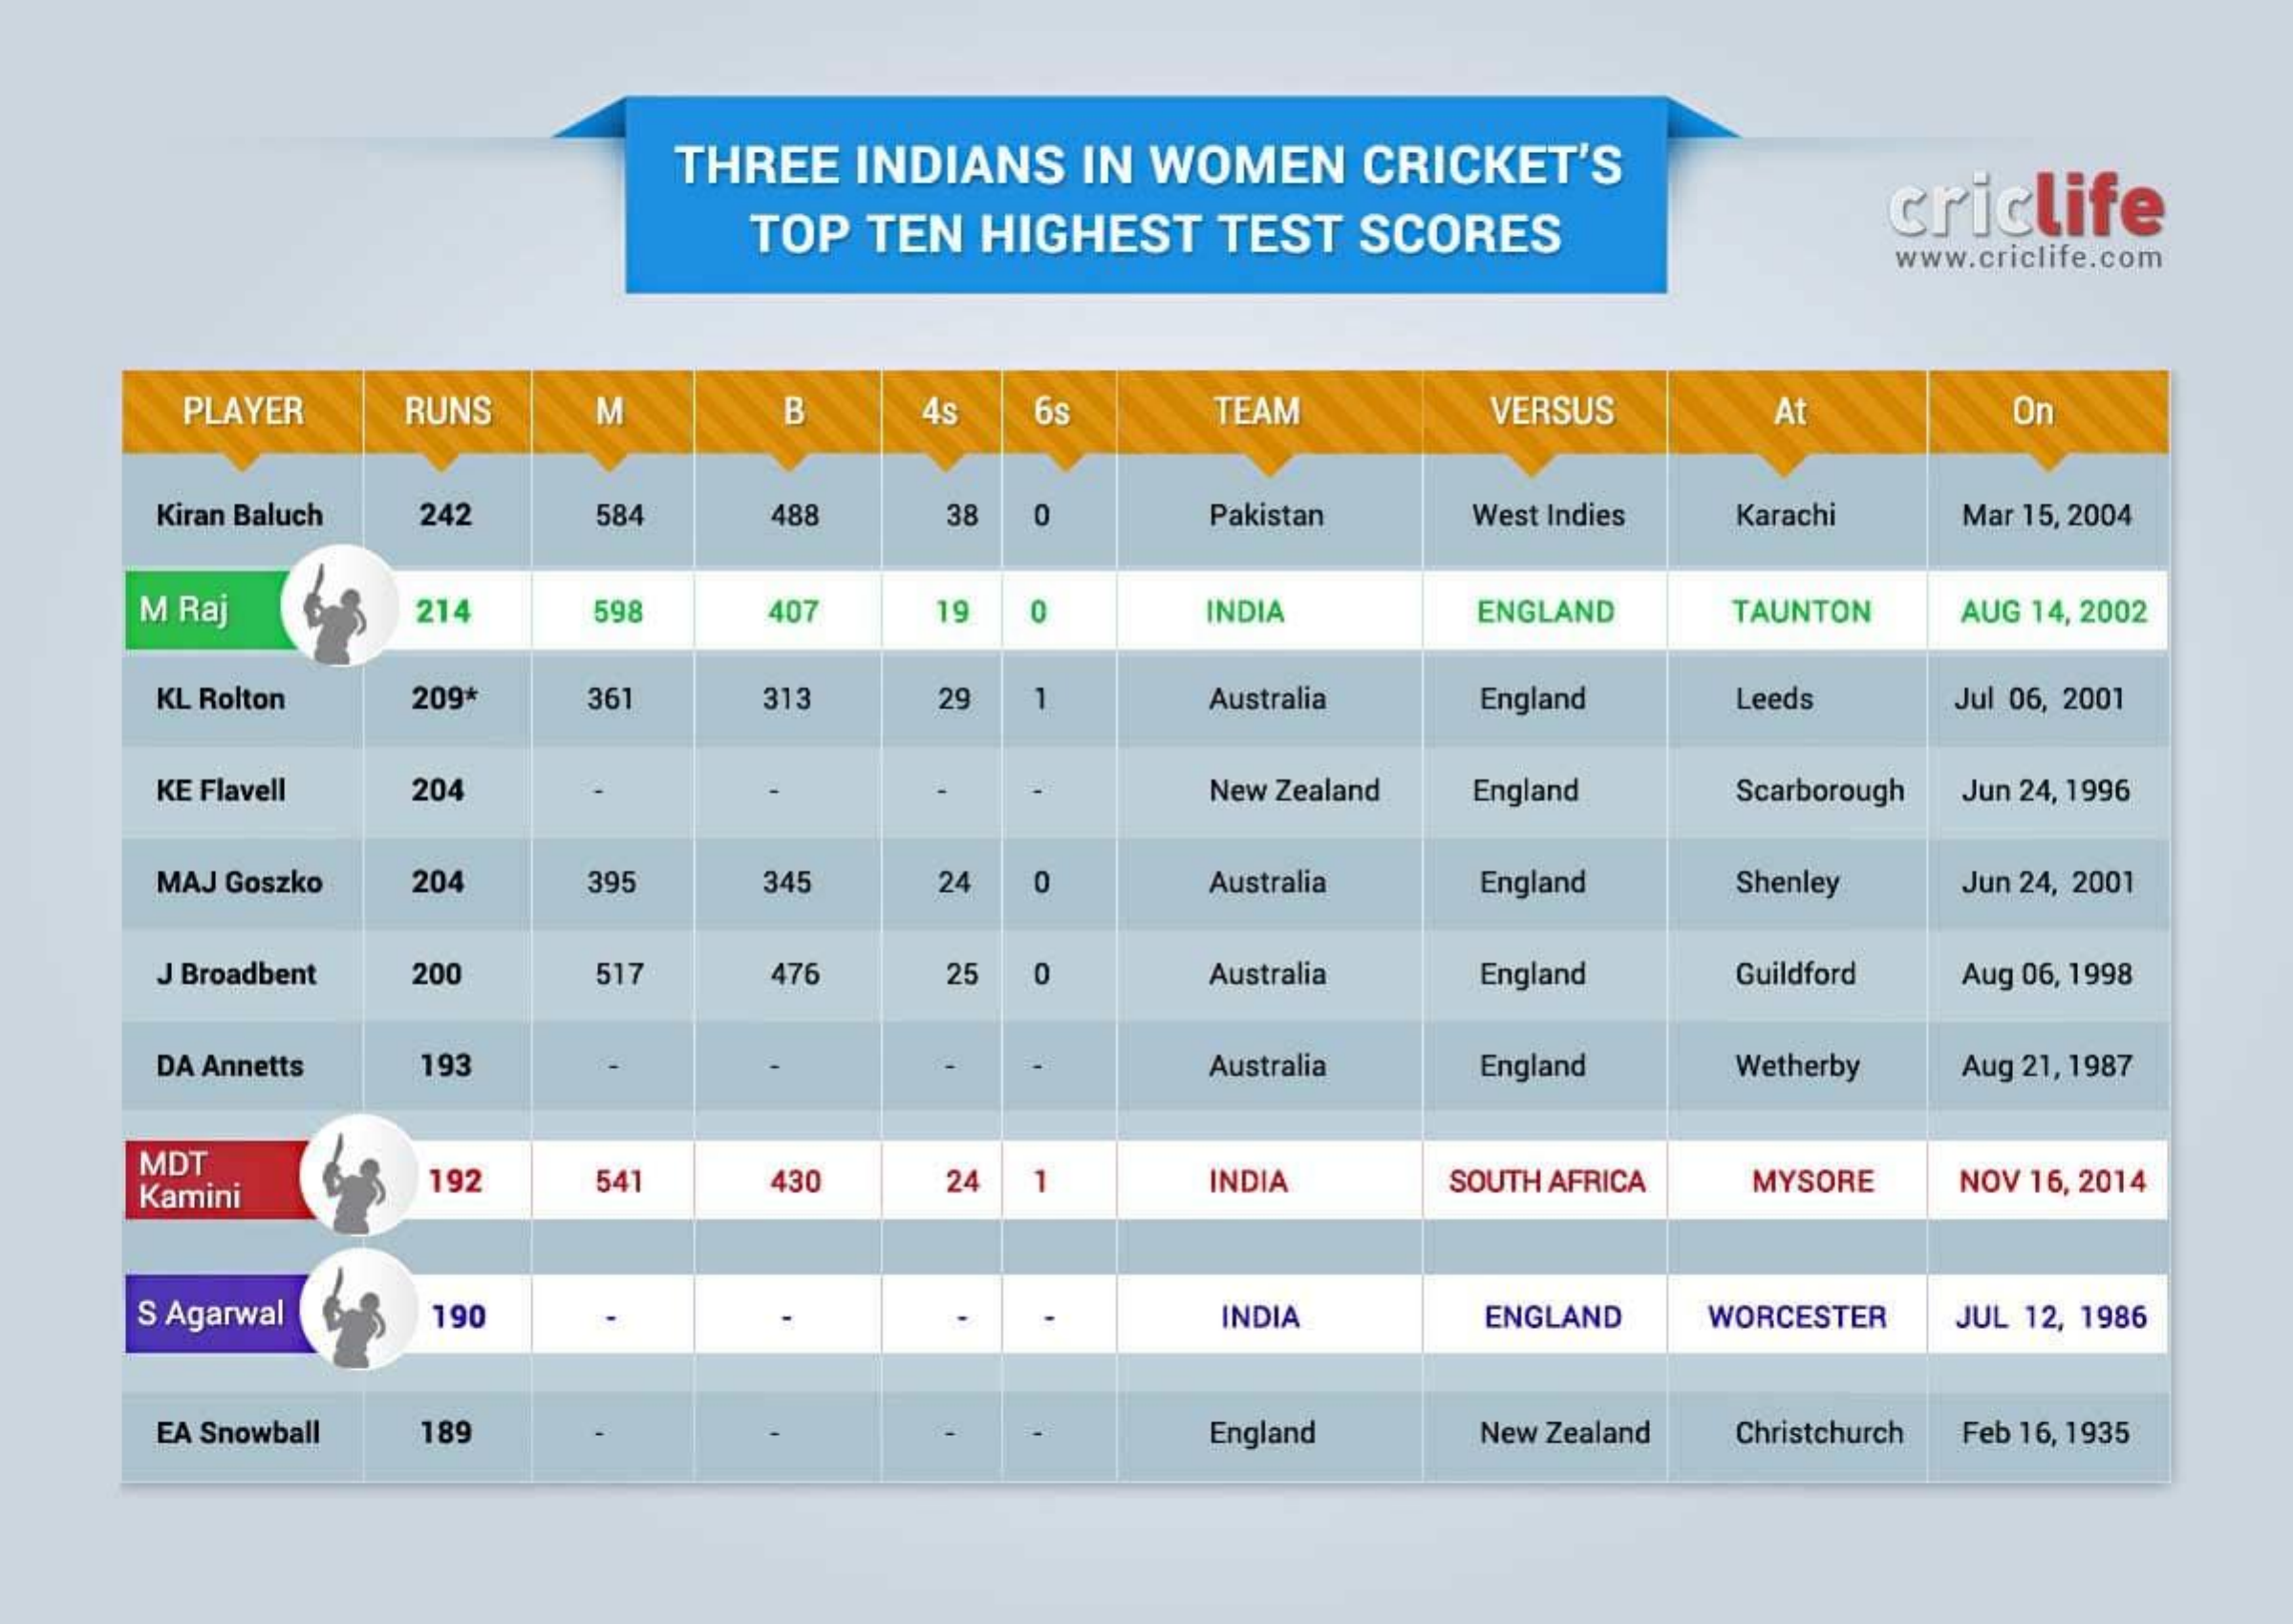
THREE INDIANS IN WOMEN CRICKET'S
     TOP TEN HIGHEST TEST SCORES
     criclife
     www.criclife.com
     PLAYER RUNS M    B   4s 6s   TEAM    VERSUS   At    On
     Kiran Baluch 242 584 488 38   Pakistan West Indies Karachi Mar 15, 2004
    M Raj   214   598  407 19 0    INDIA   ENGLAND TAUNTON AUG 14, 2002
     KL Rolton 209* 361 313 29 1   Australia England Leeds Jul 06, 2001
     KE Flavell 204    New Zealand England Scarborough Jun 24, 1996
     MAJ Goszko 204 395 345 24 0   Australia England Shenley Jun 24, 2001
     J Broadbent 200 517 476 25    Australia England Guildford Aug 06, 1998
     DA Annetts 193    Australia England Wetherby Aug 21, 1987
    MDT
     Kamini
     192  541  430  24    INDIA  SOUTH AFRICA MYSORE NOV 16, 2014
    S Agarwal 190    INDIA  ENGLAND WORCESTER JUL 12, 1986
     EA Snowball 189    England New Zealand Christchurch Feb 16, 1935